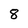
Character: 8